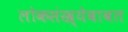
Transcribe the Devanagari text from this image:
लोकसंख्येबाबत